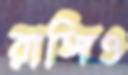
রাঙ্গিও